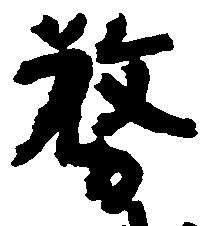
務